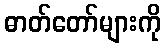
ဓာတ်တော်များကို